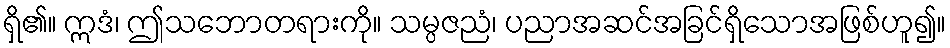
ရှိ၏။ ဣဒံ၊ ဤသဘောတရားကို။ သမ္ပဇညံ၊ ပညာအဆင်အခြင်ရှိသောအဖြစ်ဟူ၍။